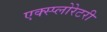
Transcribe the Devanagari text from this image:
एक्स्प्लोरेटरी